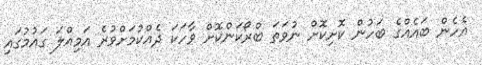
އެހެން ބައެއްގެ ބަހުން ކޮށިކޮށް ނުވަތަ ބްރޯކަންކޮށް ވާހަކަ ދެއްކުމަށްވުރެ އަމިއްލަ ގައުމުގައި